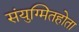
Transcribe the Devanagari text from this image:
संयुग्मितहोता